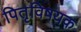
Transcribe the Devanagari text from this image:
पितृविषयक